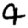
Digit: 4